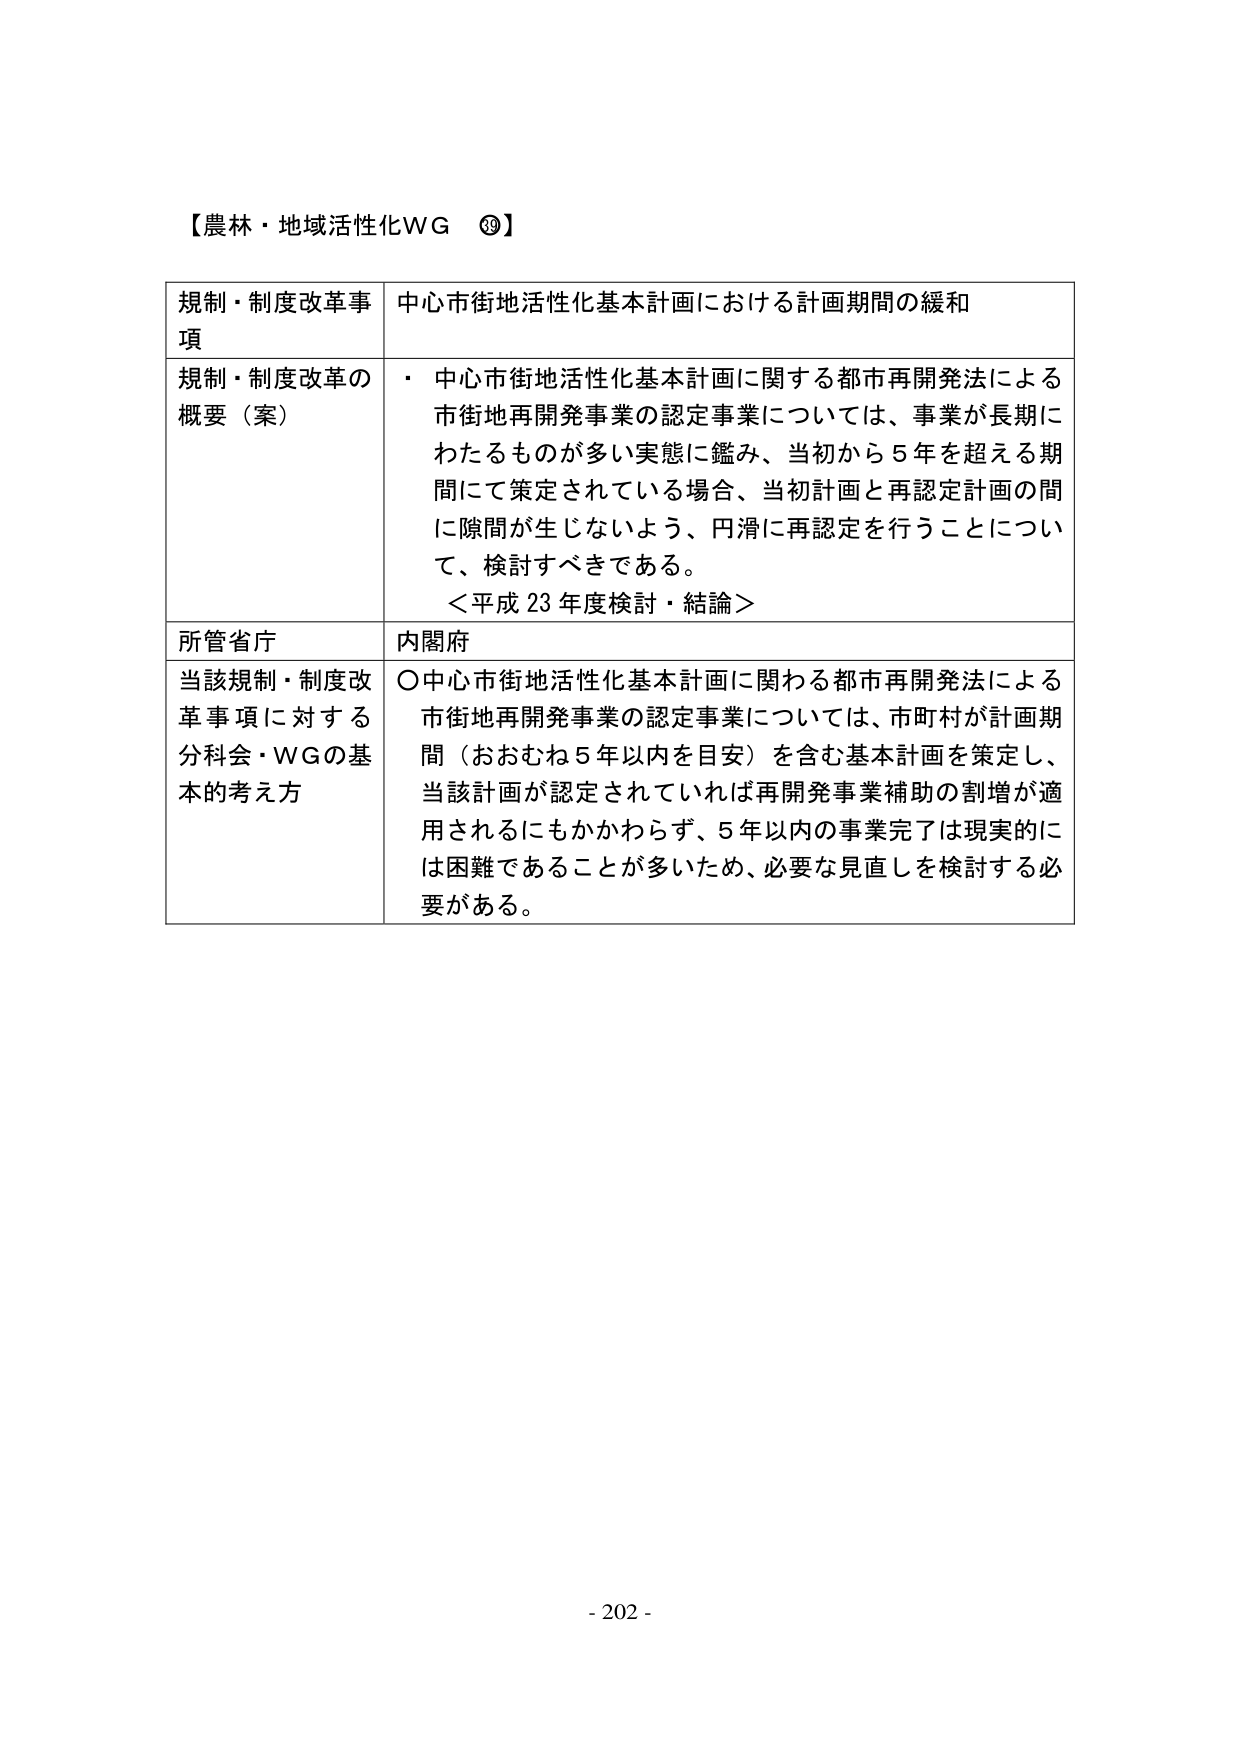
【農林・地域活性化WG ⑲】

規制・制度改革事項　中心市街地活性化基本計画における計画期間の緩和

規制・制度改革の概要（案）　・ 中心市街地活性化基本計画に関する都市再開発法による市街地再開発事業の認定事業については、事業が長期にわたるものが多い実態に鑑み、当初から５年を超える期間にて策定されている場合、当初計画と再認定計画の間に隙間が生じないよう、円滑に再認定を行うことについて、検討すべきである。
＜平成23年度検討・結論＞

所管省庁　内閣府

当該規制・制度改革事項に対する分科会・WGの基本的考え方　○中心市街地活性化基本計画に関わる都市再開発法による市街地再開発事業の認定事業については、市町村が計画期間（おおむね５年以内を目安）を含む基本計画を策定し、当該計画が認定されていれば再開発事業補助の割増が適用されるにもかかわらず、５年以内の事業完了は現実的には困難であることが多いため、必要な見直しを検討する必要がある。

- 202 -